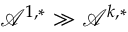
\mathcal { A } ^ { 1 , * } \gg \mathcal { A } ^ { k , * }